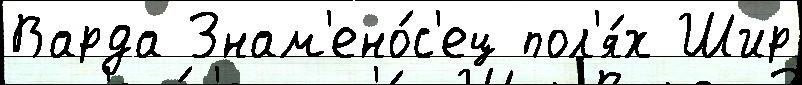
Варда Знам'ено́с'ец пол'я́х Шир